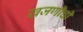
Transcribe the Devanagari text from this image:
खजणीची